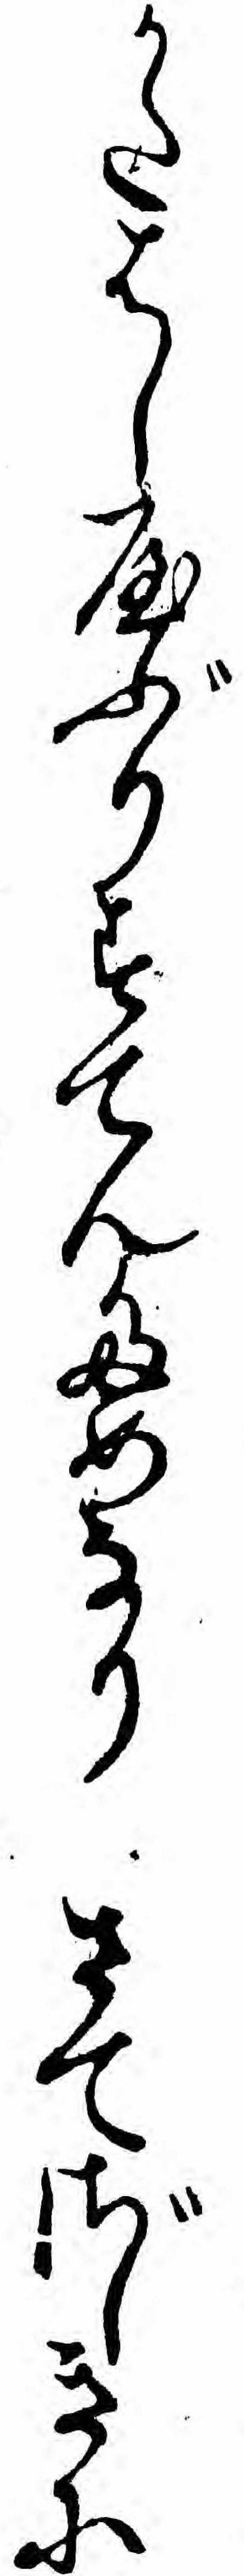
かたはしやぶりすてんためなりさてざしきに